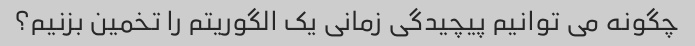
چگونه می توانیم پیچیدگی زمانی یک الگوریتم را تخمین بزنیم؟